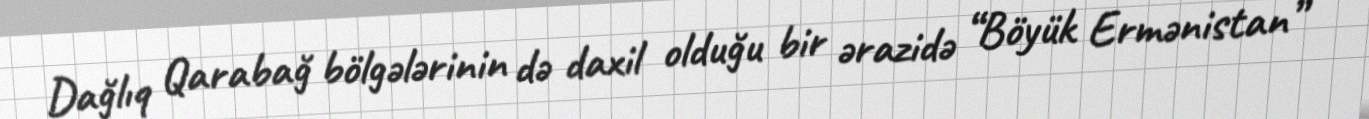
Dağlıq Qarabağ bölgələrinin də daxil olduğu bir ərazidə “Böyük Ermənistan”